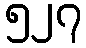
၅၂၇